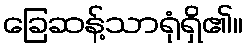
ခြေဆန့်သာရုံရှိ၏။